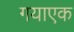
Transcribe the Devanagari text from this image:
गयाएक